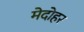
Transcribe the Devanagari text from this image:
मेदोहर